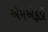
એમએફડી